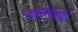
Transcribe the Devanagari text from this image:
राहण्याचें